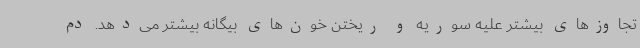
تجاوزهای بیشتر علیه سوریه و ریختن خون‌های بیگانه بیشتر می‌دهد. دم